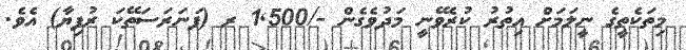
މިތަކެތީގެ ނީލަމަށް އިތުރު ކުރެވޭނީ މަދުވެގެން -/1